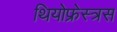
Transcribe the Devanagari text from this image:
थियोफ्रेस्त्रस